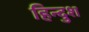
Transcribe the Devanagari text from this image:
हिन्दुश